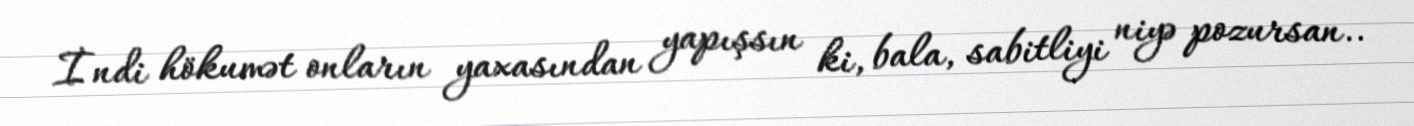
İndi hökumət onların yaxasından yapışsın ki, bala, sabitliyi niyə pozursan..